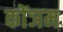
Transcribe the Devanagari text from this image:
कोंञम